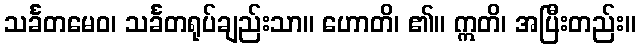
သင်္ခတမေဝ၊ သင်္ခတရုပ်ချည်းသာ။ ဟောတိ၊ ၏။ ဣတိ၊ အပြီးတည်း။